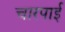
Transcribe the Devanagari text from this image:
चारपार्इ